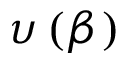
\upsilon \left( \beta \right)